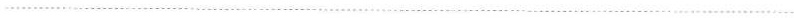
___